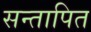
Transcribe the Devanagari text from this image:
सन्तापित